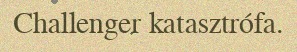
Challenger katasztrófa.